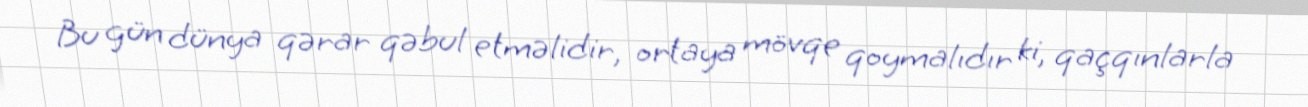
Bu gün dünya qərar qəbul etməlidir, ortaya mövqe qoymalıdır ki, qaçqınlarla